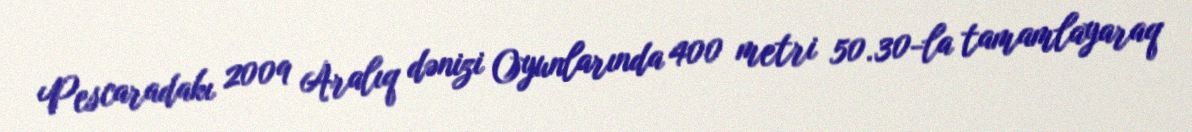
Pescaradakı 2009 Aralıq dənizi Oyunlarında 400 metri 50.30-la tamamlayaraq